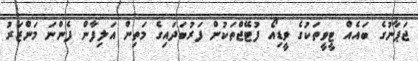
ޖަޕާނުގެ ބައެއް ޓީވީތަކުގެ ވީޑިއޯ ފުޓޭޖްތަކުން ފަރުބަދައިގެ މަތިން އަލިފާން ފެންނަ މަންޒަރު